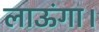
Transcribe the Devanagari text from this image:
लाऊंगा।